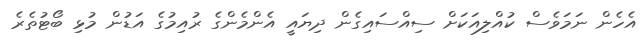
އެހެން ނަމަވެސް ކުއްލިއަކަށް ސިއްސައިގެން ދިޔައީ އެންމެންގެ ރުއިމުގެ އަޑުން މުޅި ބޯޓުތެރެ